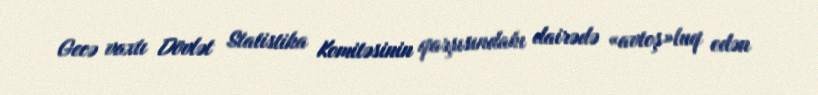
Gecə vaxtı Dövlət Statistika Komitəsinin qarşısındakı dairədə «avtoş»luq edən